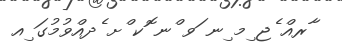
ާރއް ެޖ ިމ ިނ ަވ ްނ ޮކ ްށ ެދއްވުމުގަ ިއ